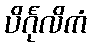
ပိင်္ဂုလိကံ